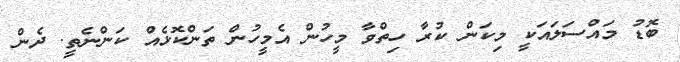
ބޮޑު މައްސަލައަކީ މިކަން ކުރާ ހިތްވާ މީހުން އެމީހުން ތަންކޮޅެއް ކަންނެތީ. ދެން